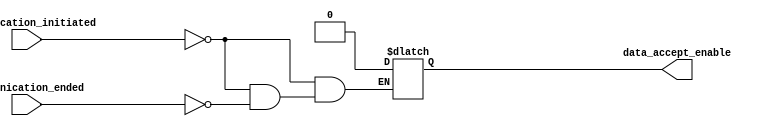
module Communication_Detector(
		input 											  communication_initiated,
		input 													communication_ended,
		output reg												 data_accept_enable
		);
		
		always@(*) begin
			if(communication_initiated) begin
				data_accept_enable = 0;
			end // if
			else if(communication_ended) begin
					  data_accept_enable = 0;
				  end //if
		end // always
		
endmodule